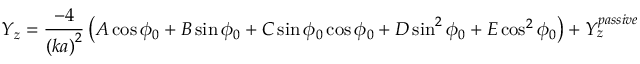
Y _ { z } = \frac { - 4 } { \left( k a \right) ^ { 2 } } \left( A \cos \phi _ { 0 } + B \sin \phi _ { 0 } + C \sin \phi _ { 0 } \cos \phi _ { 0 } + D \sin ^ { 2 } \phi _ { 0 } + E \cos ^ { 2 } \phi _ { 0 } \right) + Y _ { z } ^ { p a s s i v e }